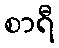
စာရီ